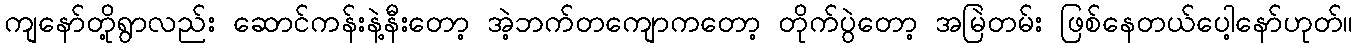
ကျနော်တို့ရွာလည်း ဆောင်ကန်းနဲ့နီးတော့ အဲ့ဘက်တကျောကတော့ တိုက်ပွဲတော့ အမြဲတမ်း ဖြစ်နေတယ်ပေါ့နော်ဟုတ်။